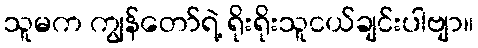
သူမက ကျွန်တော်ရဲ့ ရိုးရိုးသူငယ်ချင်းပါဗျာ။